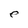
Character: e